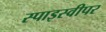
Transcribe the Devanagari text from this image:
स्पाइस्वीपर